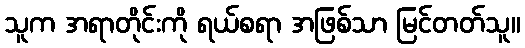
သူက အရာတိုင်းကို ရယ်စရာ အဖြစ်သာ မြင်တတ်သူ။